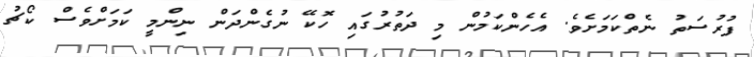
ފުރުސަތު ނެތްކަމަށެވެ. އެހެންކަމުން މި ދަތުރުގައި ހޮކޭ ނުގެންދަން ނިންމީ ކަމަށްވެސް ކޯޗު